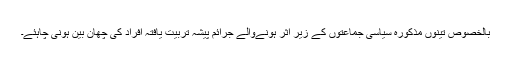
بالخصوص تینوں مذکورہ سیاسی جماعتوں کے زیر اثر ہونےوالے جرائم پیشہ تربیت یافتہ افراد کی چھان بین ہونی چاہئے۔